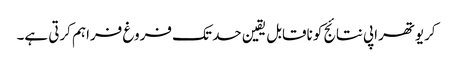
کریوتھراپی نتائج کو ناقابل یقین حد تک فروغ فراہم کرتی ہے۔